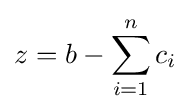
z=b-\sum _{i=1}^{n}c_{i}